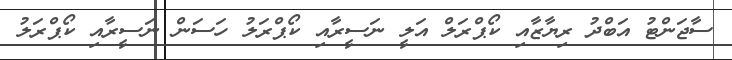
ސާޖަންޓު އަބްދު ރިޔާޒާއި ކޯޕްރަލް އަލީ ނަސީރާއި ކޯޕްރަލު ހަސަން ނަސީރާއި ކޯޕްރަލު